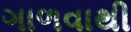
ગાળવાથી